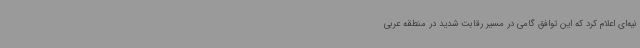
نیه‌ای اعلام کرد که این توافق گامی در مسیر رقابت شدید در منطقه عربی